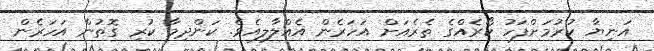
އަނިޔާ ކުރުމަށްފަހު ކޯރެއްގެ ތެރެއަށް އަހަރެން އެއްލާލިއެވެ. ކަންދިމާ ކުރި ގޮތުން އަހަރެން